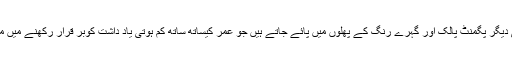
کچھ ایسے ہی دیگر پگمنٹ پالک اور گہرے رنگ کے پھلوں میں پائے جاتے ہیں جو عمر کیساتھ ساتھ کم ہوتی یاد داشت کوبر قرار رکھنے میں مدد کرتے ہیں۔